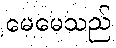
မေမေသည်